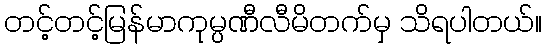
တင့်တင့်မြန်မာကုမ္ပဏီလီမိတက်မှ သိရပါတယ်။